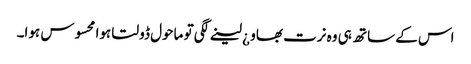
اس کے ساتھ ہی وہ نرت بھاو ¿ لینے لگی تو ماحول ڈولتا ہوا محسوس ہوا۔